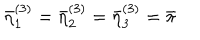
\bar { \eta } _ { 1 } ^ { ( 3 ) } = \bar { \eta } _ { 2 } ^ { ( 3 ) } = \bar { \eta } _ { 3 } ^ { ( 3 ) } = \bar { \pi }